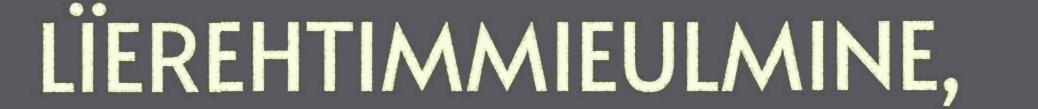
LÏEREHTIMMIEULMINE,